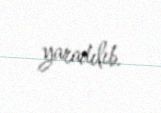
yaradılıb.